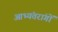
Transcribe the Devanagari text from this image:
आभ्यंतरांगों